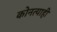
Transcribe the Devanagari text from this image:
कोनत्याही